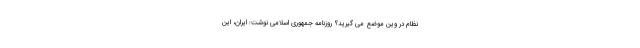
نظام در وین موضع می گیرید؟ روزنامه جمهوری اسلامی نوشت: ایران، این